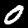
Digit: 0